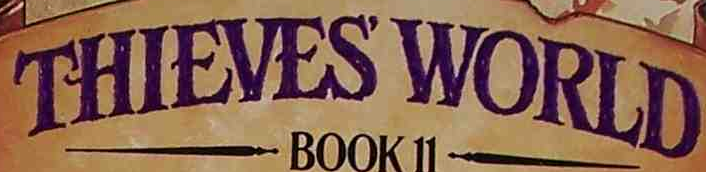
THIEVES' WORLD